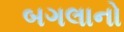
બગલાનો